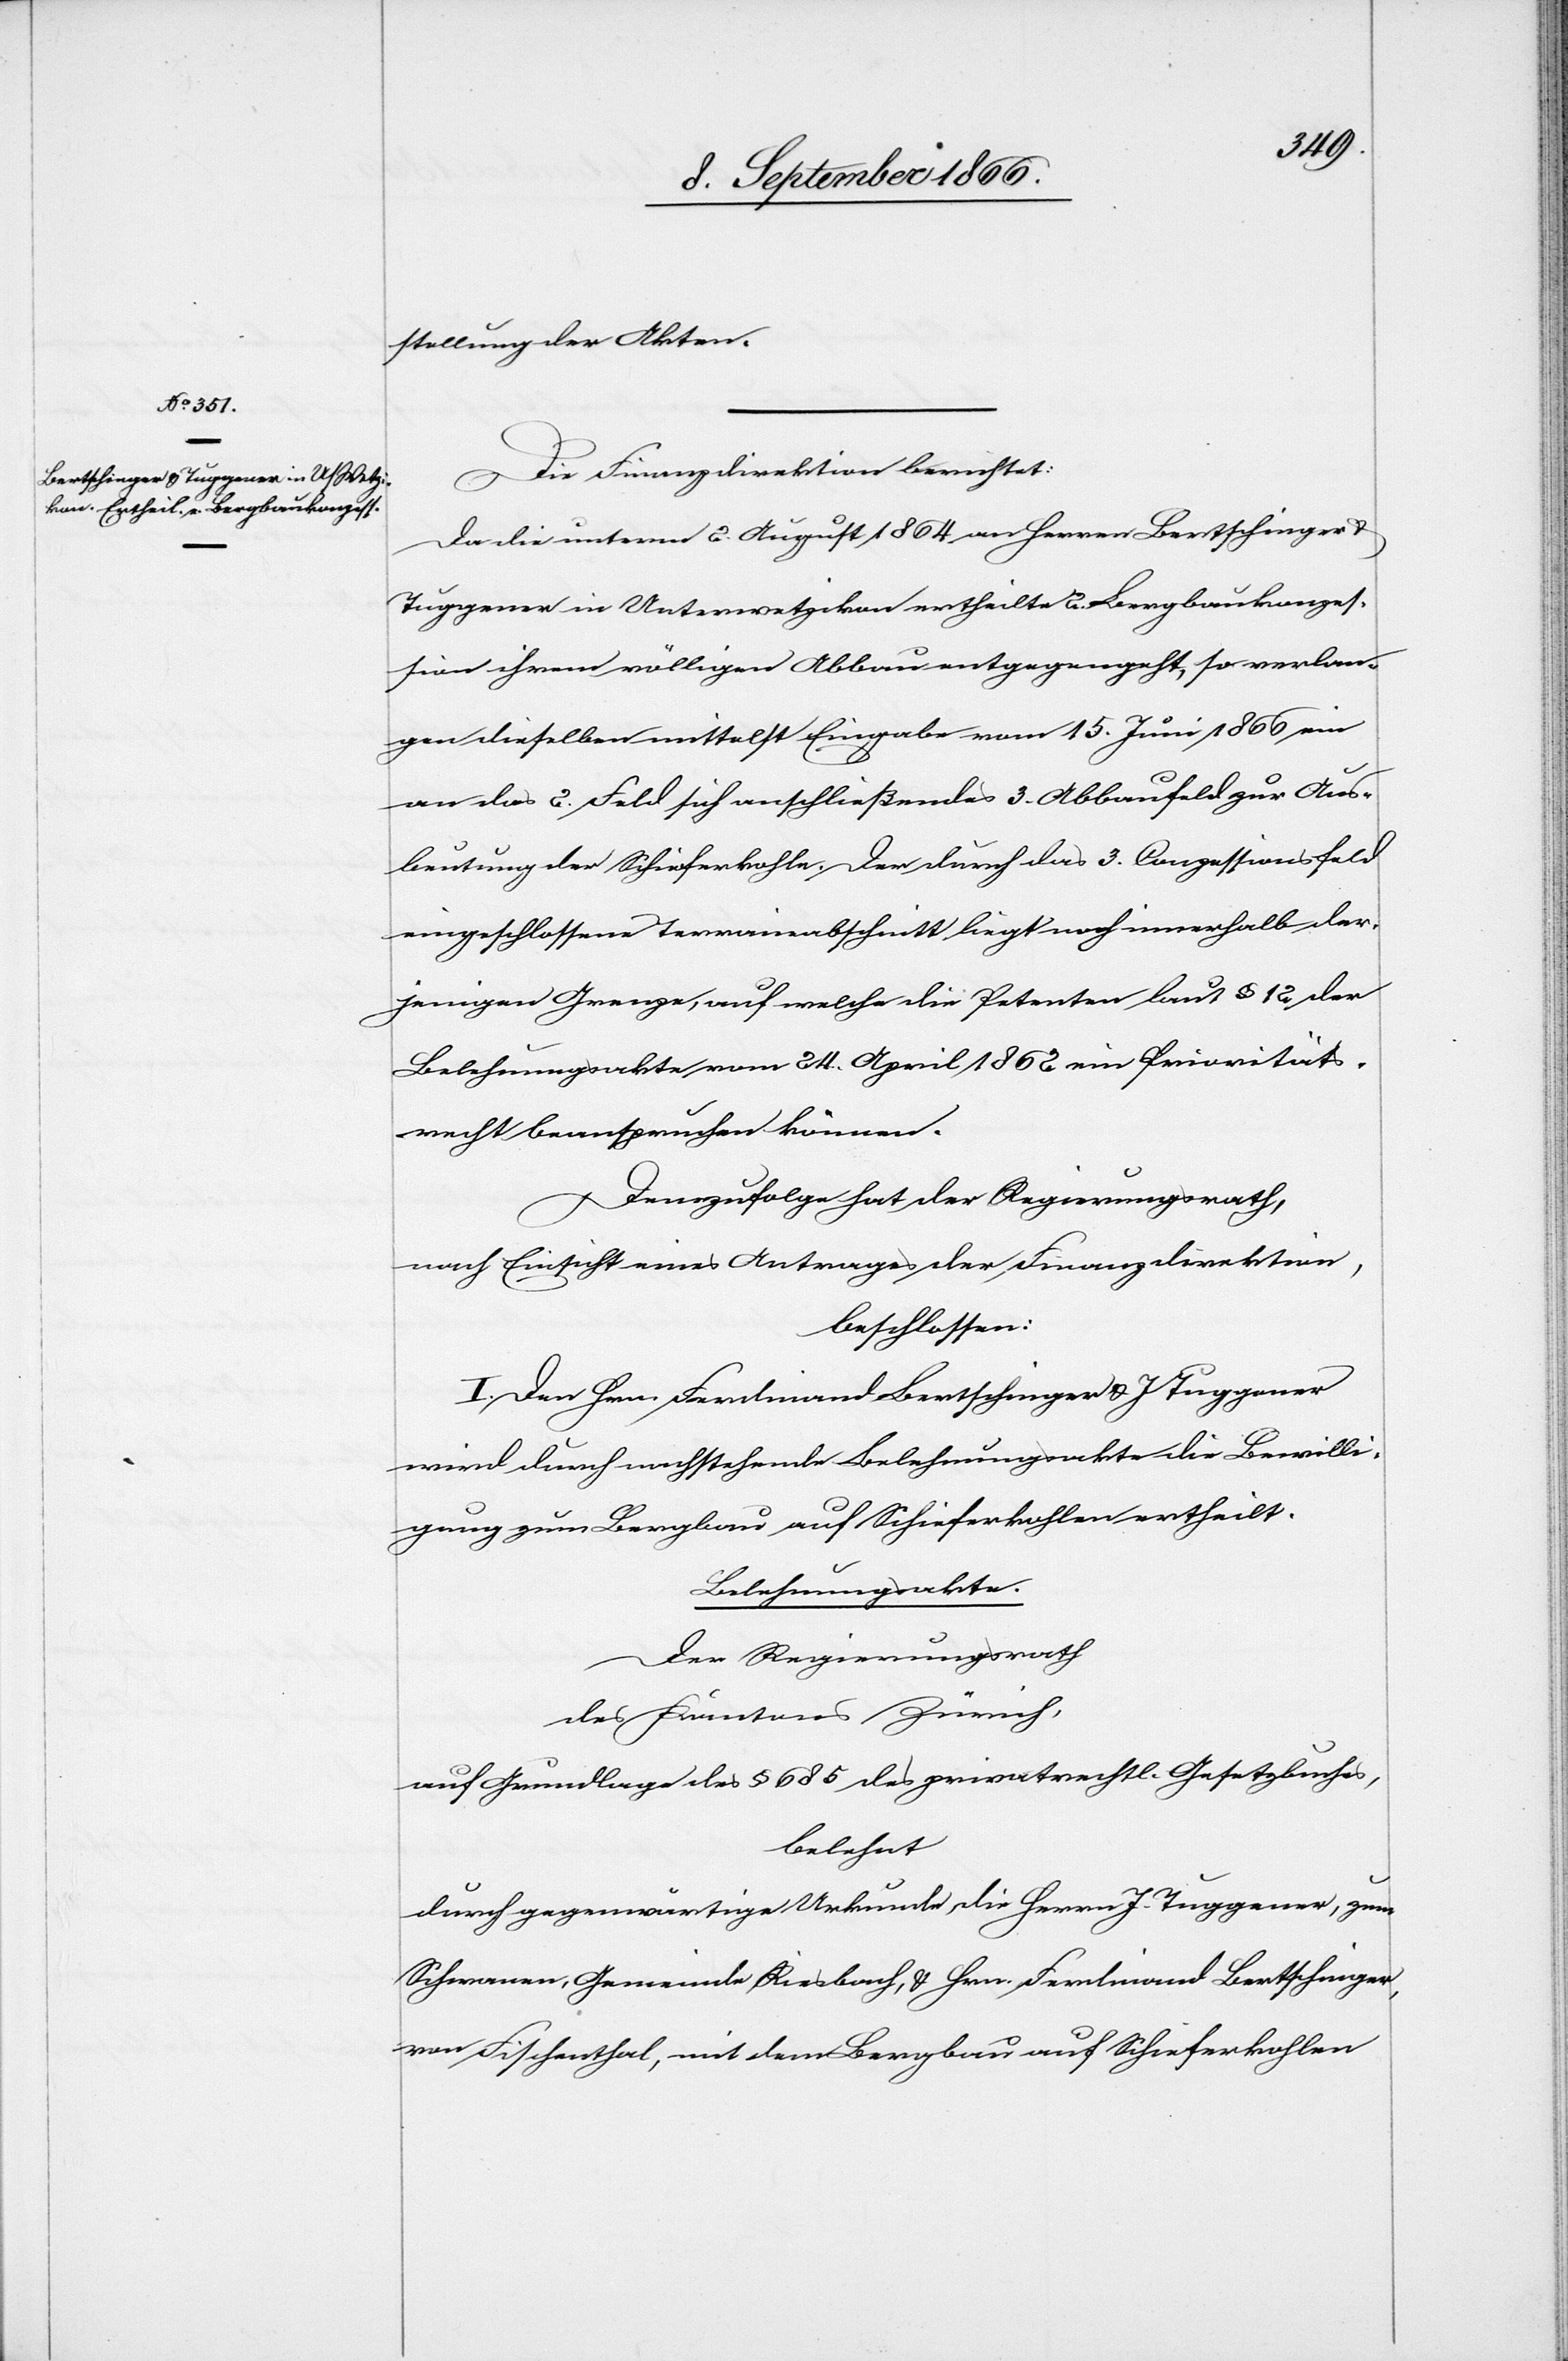
u.

Die Finanzdirektion berichtet:
Da die unterm 2. August 1864 an Herren Bertschinger
Tuggener in Unterwetzikon ertheilte 2. Bergbaukonzes¬
sion ihrem völligen Abbau entgegengeht, so verlan¬
gen dieselben mittelst Eingabe vom 15. Juni 1866 ein
an das 2. Feld sich anschließendes 3. Abbaufeld zur Aus¬
beutung der Schieferkohle. Der durch das 3. Conzessionsfeld
eingeschlossene Terrainabschnitt liegt noch innerhalb der¬
jenigen Grenze, auf welche die Petenten laut § 12 der
Belehnungsakte vom 24. April 1862 ein Prioritäts¬
recht beanspruchen können.
Demzufolge hat der Regierungsrath,
nach Einsicht eines Antrages der Finanzdirektion,
beschlossen:
I. Den Herrn Ferdinand Bertschinger u. J. Tuggener
wird durch nachstehende Belehnungsakte die Bewilli¬
gung zum Bergbau auf Schieferkohlen ertheilt.
Belehnungsakte.
Der Regierungsrath
des Kantons Zürich,
auf Grundlage des § 685 des privatrechtl. Gesetzbuches,
belehnt
durch gegenwärtige Urkunde die Herren J. Tuggener, zum
Schwanen, Gemeinde Riesbach, u. Hrn. Ferdinand Bertschinger
von Fischenthal, mit dem Bergbau auf Schieferkohlen